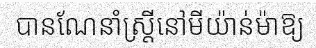
បានណែនាំស្ត្រីនៅមីយ៉ាន់ម៉ាឱ្យ